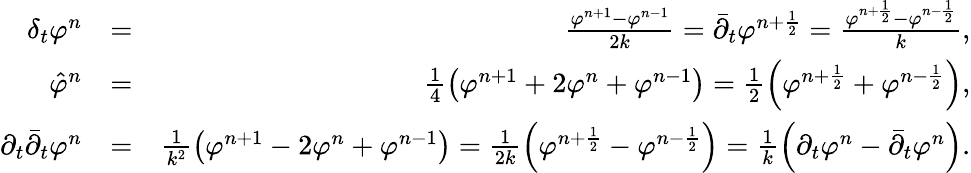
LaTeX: \begin{array}{rlr}{\delta_{t}\varphi^{n}}&{=}&{\frac{\varphi^{n+1}-\varphi^{n-1}}{2k}={\bar{\partial}}_{t}\varphi^{n+\frac{1}{2}}=\frac{\varphi^{n+\frac{1}{2}}-\varphi^{n-\frac{1}{2}}}{k},}\\ {{\hat{\varphi}}^{n}}&{=}&{\frac{1}{4}\left(\varphi^{n+1}+2\varphi^{n}+\varphi^{n-1}\right)=\frac{1}{2}\left(\varphi^{n+\frac{1}{2}}+\varphi^{n-\frac{1}{2}}\right),}\\ {\partial_{t}{\bar{\partial}}_{t}\varphi^{n}}&{=}&{\frac{1}{k^{2}}\left(\varphi^{n+1}-2\varphi^{n}+\varphi^{n-1}\right)=\frac{1}{2k}\left(\varphi^{n+\frac{1}{2}}-\varphi^{n-\frac{1}{2}}\right)=\frac{1}{k}\left(\partial_{t}\varphi^{n}-{\bar{\partial}}_{t}\varphi^{n}\right).}\end{array}